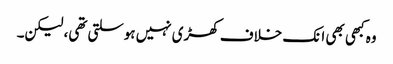
وہ کبھی بھی انک خلاف کھڑی نہیں ہوسلتی تھی، لیکن۔